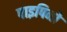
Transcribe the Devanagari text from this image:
पाइपिनो